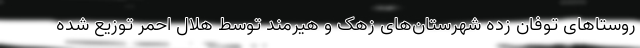
روستاهای توفان زده شهرستان‌های زهک و هیرمند توسط هلال احمر توزیع شده